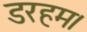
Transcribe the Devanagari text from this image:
डरहम।